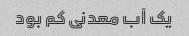
یک آب معدنی کم بود